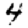
Digit: 4